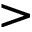
>